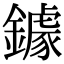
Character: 鐻